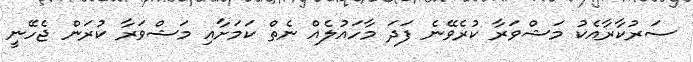
ސަރުކާރާއެކު މަޝްވަރާ ކުރެވޭނެ ފަދަ މާހައުލެއް ނެތް ކަމަށާއި މަޝްވަރާ ކުރަން ޖެހޭނީ